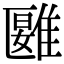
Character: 𩀀